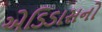
એડિડાસનો